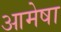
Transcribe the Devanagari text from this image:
आमेषा